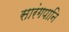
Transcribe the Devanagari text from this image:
सारंगपानि